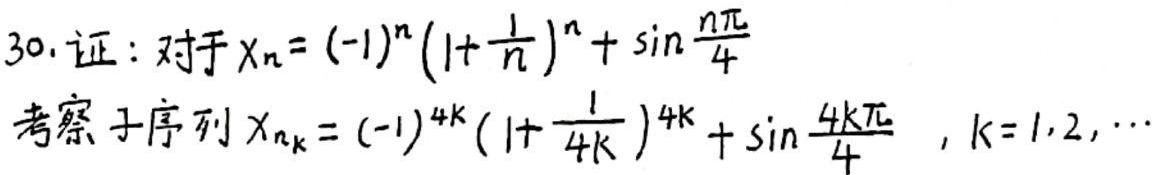
30. 证：对于$x_n = (-1)^n\left(1 + \frac{1}{n}\right)^n + \sin\frac{n\pi}{4}$
考察子序列$x_{n_k} = (-1)^{4k}\left(1 + \frac{1}{4k}\right)^{4k} + \sin\frac{4k\pi}{4} , k = 1,2,\cdots$